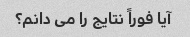
آیا فوراً نتایج را می دانم؟